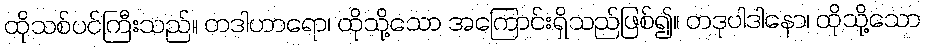
ထိုသစ်ပင်ကြီးသည်။ တဒါဟာရော၊ ထိုသို့သော အကြောင်းရှိသည်ဖြစ်၍။ တဒုပါဒါနော၊ ထိုသို့သော